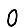
Digit: 0